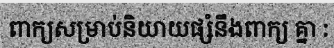
ពាក្យសម្រាប់និយាយផ្សំនឹងពាក្យ គ្នា :